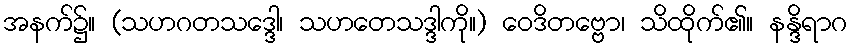
အနက်၌။ (သဟဂတသဒ္ဒေါ၊ သဟတေသဒ္ဒါကို။) ဝေဒိတဗ္ဗော၊ သိထိုက်၏။ နန္ဒိရာဂ